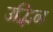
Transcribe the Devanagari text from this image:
उद्भिन